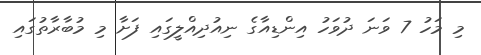
މި މަހު 7 ވަނަ ދުވަހު އިންޑިއާގެ ނިއުދިއްލީގައި ފަށާާ މި މުބާރާތުގައި